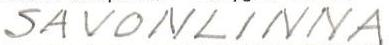
SAVONLINNA